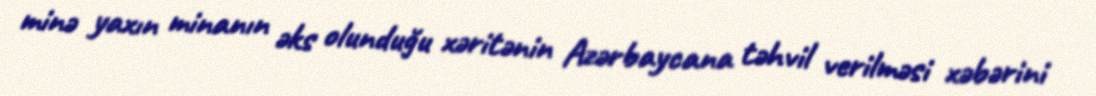
minə yaxın minanın əks olunduğu xəritənin Azərbaycana təhvil verilməsi xəbərini